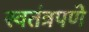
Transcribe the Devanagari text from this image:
स्‍वतंत्रपणे